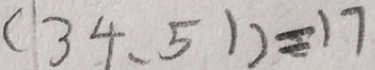
( 3 4 . 5 1 ) = 1 7